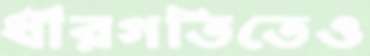
ধীরগতিতেও